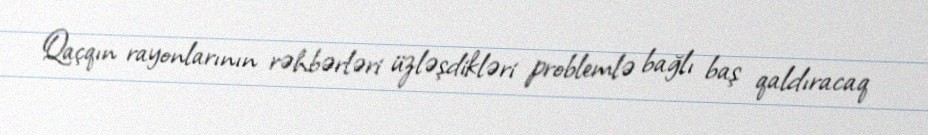
Qaçqın rayonlarının rəhbərləri üzləşdikləri problemlə bağlı baş qaldıracaq